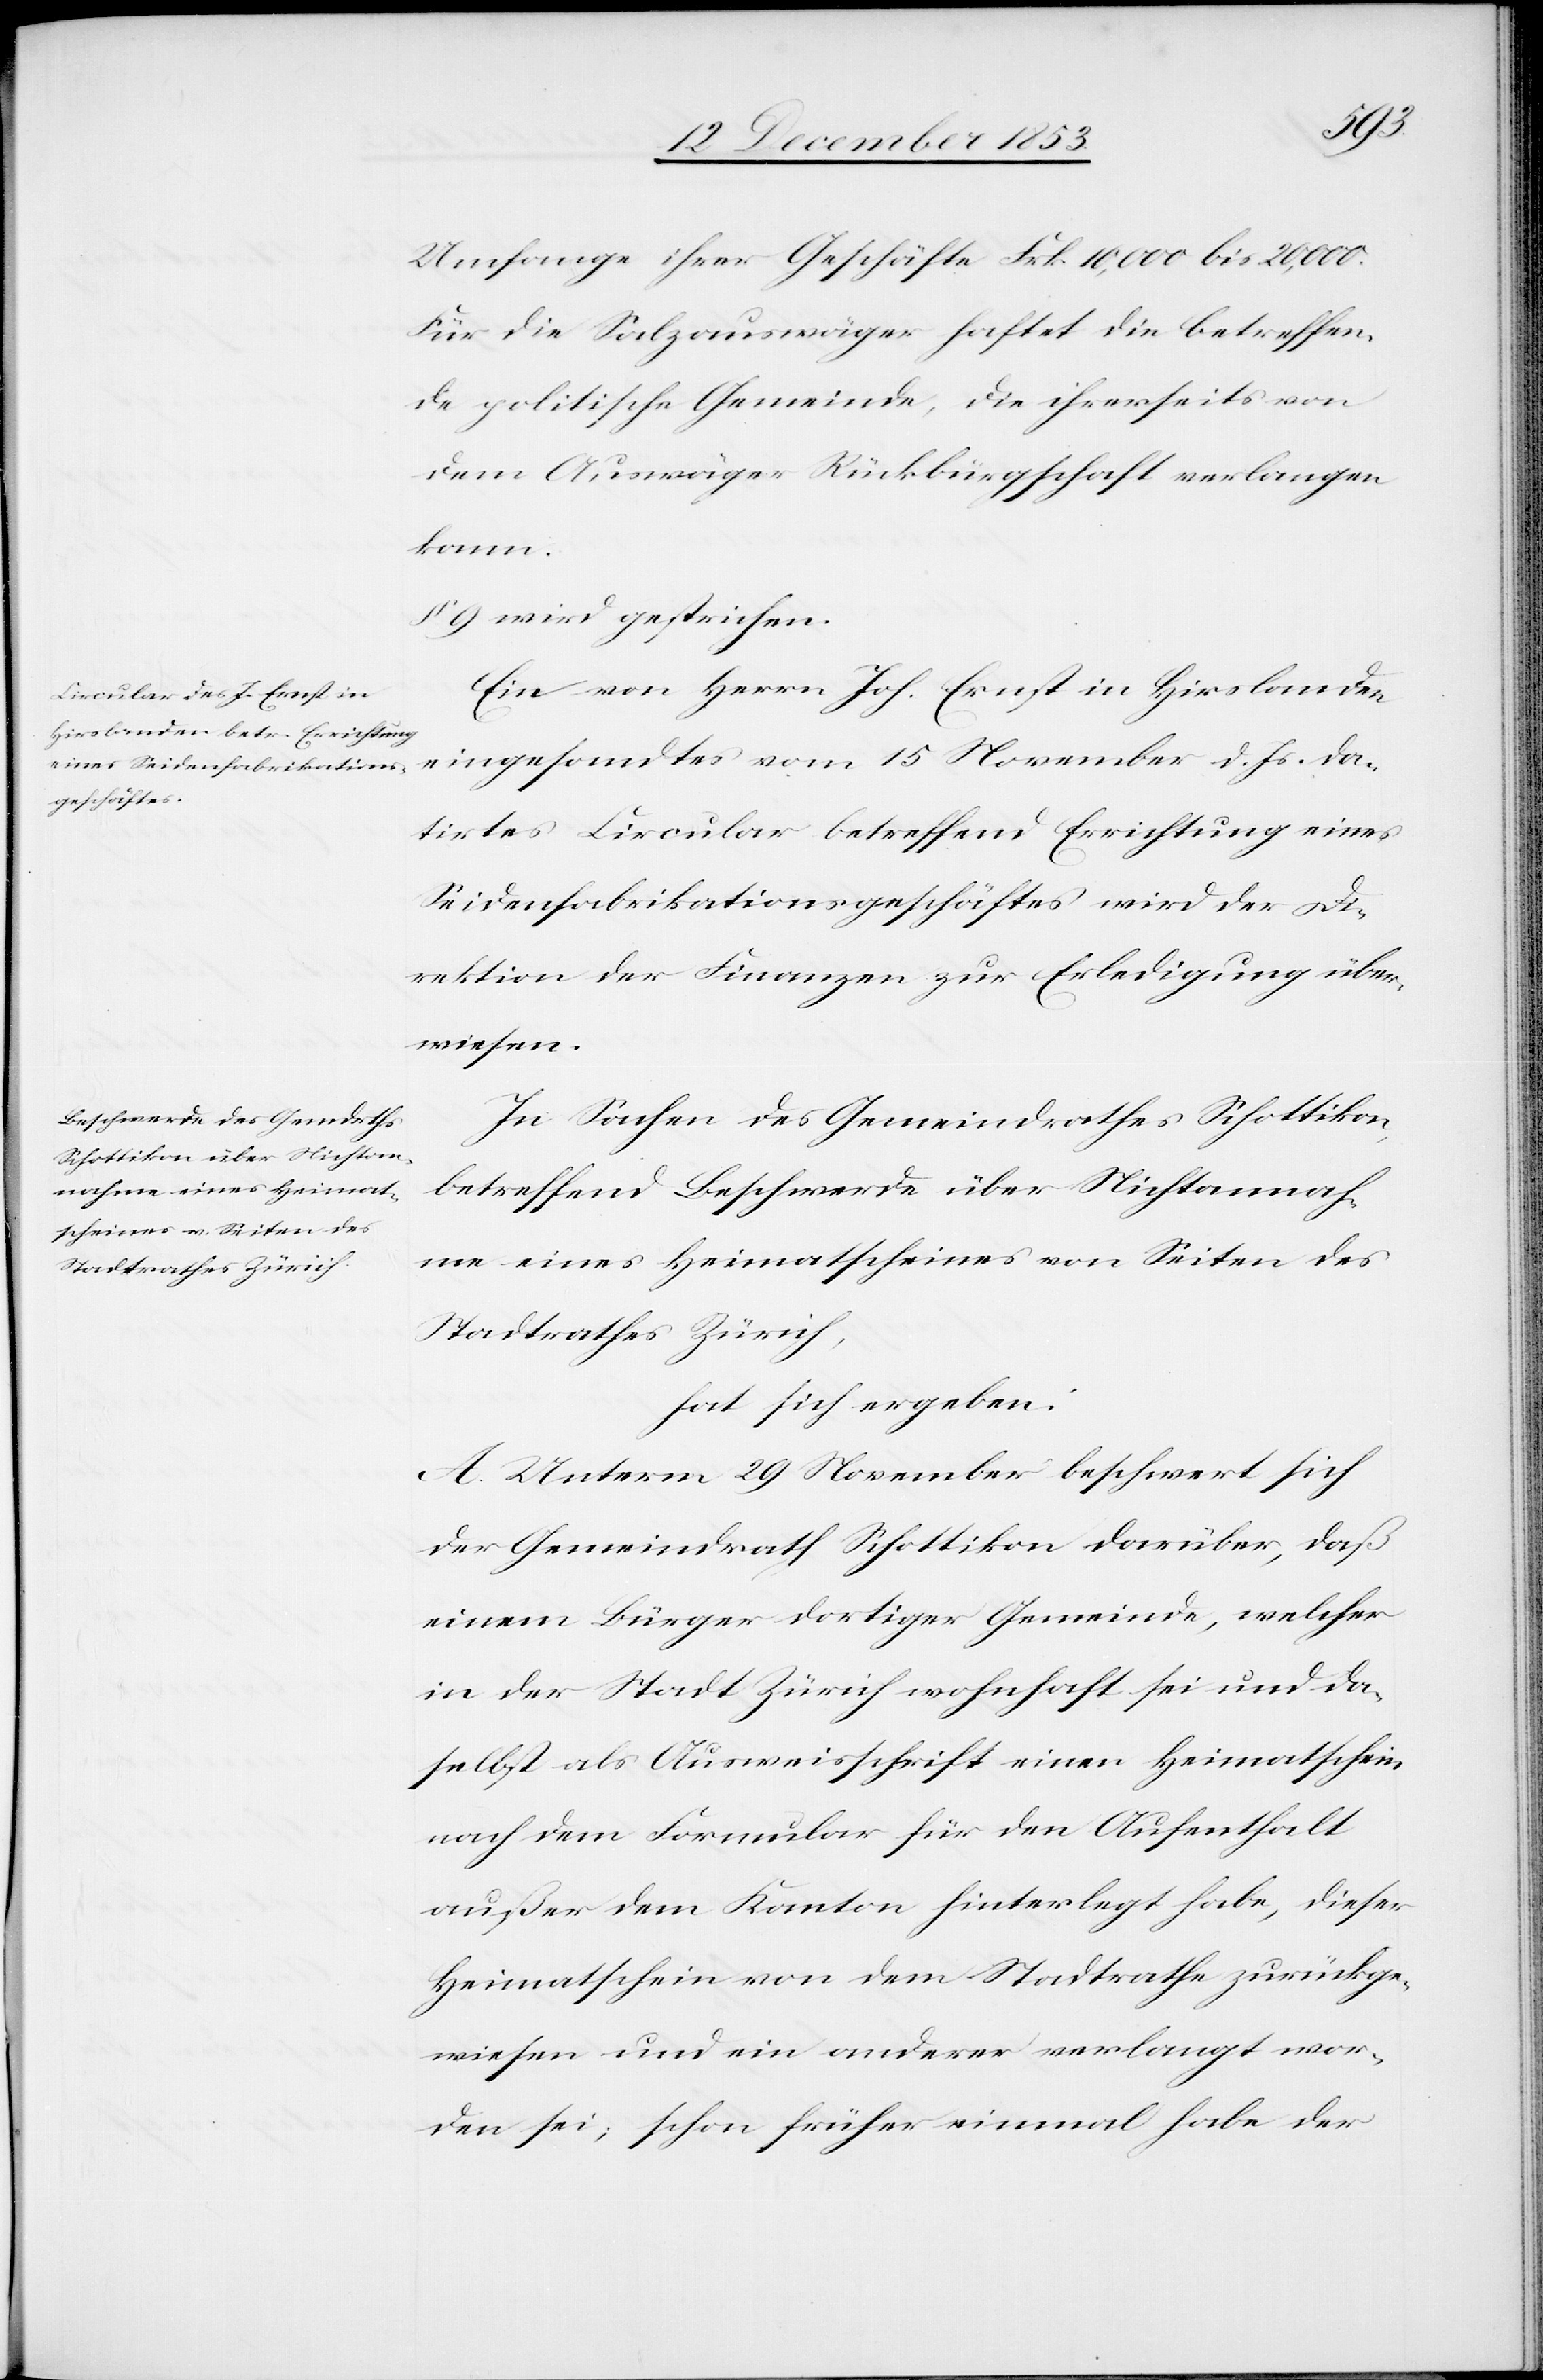
hme eines Heimat¬
scheines Seiten des
Stadtrathes Zürich.

Umfange ihrer Geschäfte Frk. 10,000 bis 20,000.
Für die Salzauswäger haftet die betreffen¬
de politische Gemeinde, die ihrerseits von
dem Auswäger Rückbürgschaft verlangen
kann.
§ 9 wird gestrichen.
Ein von Herrn Joh. Ernst in Hirslanden
eingesandtes vom 15 November d. Js. da¬
tirtes Circular betreffend Errichtung eines
Seidenfabrikationsgeschäftes wird der Di¬
rektion der Finanzen zur Erledigung über¬
wiesen.
In Sachen des Gemeindrathes Schottikon
betreffend Beschwerde über Nichtanna¬
hat sich ergeben:
A. Unterm 29 November beschwert sich
der Gemeindrath Schottikon darüber, daß
einem Bürger dortiger Gemeinde, welcher
in der Stadt Zürich wohnhaft sei und da¬
selbst als Ausweisschrift einen Heimatschein
nach dem Formular für den Aufenthalt
außer dem Kanton hinterlegt habe, dieser
Heimatschein von dem Stadtrathe zurückge¬
wiesen und ein anderer verlangt wor¬
den sei; schon früher einmal habe der